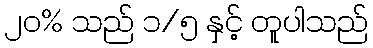
၂၀% သည် ၁/၅ နှင့် တူပါသည်